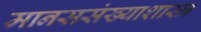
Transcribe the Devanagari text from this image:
मानससंख्याशास्त्र